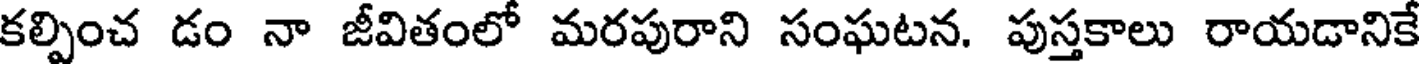
కల్పించ డం నా జీవితంలో మరపురాని సంఘటన. పుస్తకాలు రాయడానికే